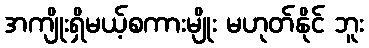
အကျိုးရှိမယ့်စကားမျိုး မဟုတ်နိုင် ဘူး